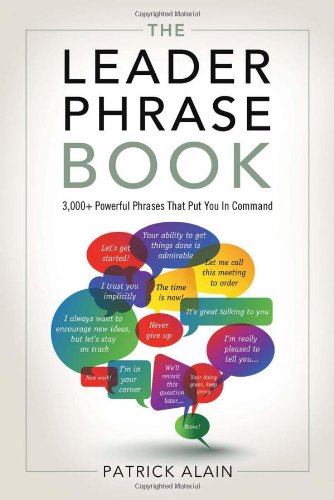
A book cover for The Leader Phrase Book: 3000+ Powerful Phrases That Put You In Command; Patrick Alain; Business & Money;